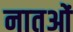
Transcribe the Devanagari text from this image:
नातओं